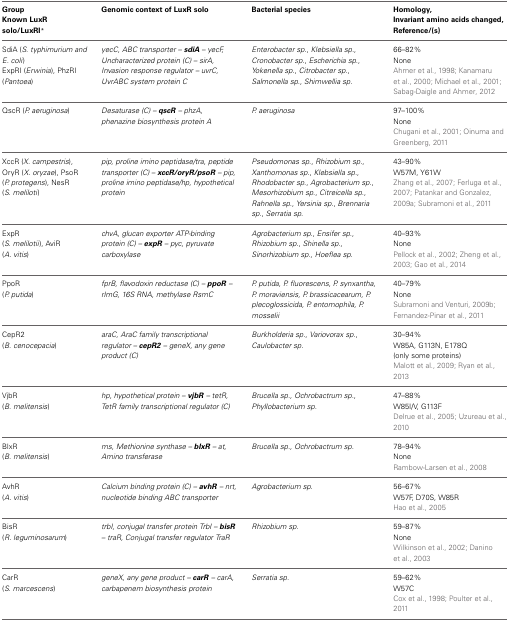
<table><thead><tr><td><b>Group Known LuxR solo/LuxRI<sup>*</sup></b></td><td><b>Genomic context of LuxR solo</b></td><td><b>Bacterial species</b></td><td><b>Homology, Invariant amino acids changed, Reference/(s)</b></td></tr></thead><tbody><tr><td>SdiA (<i>S. typhimurium and E. coli</i>)</td><td rowspan="3"><i>yecC, ABC transporter –</i><b><i>sdiA</i></b>– <i>yecF, Uncharacterized protein (C) – sirA, Invasion response regulator – uvrC, UvrABC system protein C</i></td><td rowspan="3"><i>Enterobacter sp</i>., <i>Klebsiella sp</i>., <i>Cronobacter sp</i>., <i>Escherichia sp</i>., <i>Yokenella sp</i>., <i>Citrobacter sp</i>., <i>Salmonella sp</i>., <i>Shimwellia sp</i>.</td><td>66–82%</td></tr><tr><td rowspan="2">ExpRI (<i>Erwinia</i>), PhzRI (<i>Pantoea</i>)</td><td>None</td></tr><tr><td>Ahmer et al., 1998; Kanamaru et al., 2000; Michael et al., 2001; Sabag-Daigle and Ahmer, 2012</td></tr><tr><td rowspan="3">QscR (<i>P. aeruginosa</i>)</td><td rowspan="3"><i>Desaturase (C) –</i><b><i>qscR</i></b>– <i>phzA, phenazine biosynthesis protein A</i></td><td rowspan="3"><i>P. aeruginosa</i></td><td>97–100%</td></tr><tr><td>None</td></tr><tr><td>Chugani et al., 2001; Oinuma and Greenberg, 2011</td></tr><tr><td rowspan="3">XccR (<i>X. campestris</i>), OryR (<i>X. oryzae</i>), PsoR (<i>P. protegens</i>), NesR (<i>S. meliloti</i>)</td><td rowspan="3"><i>pip, proline imino peptidase/tra, peptide transporter (C) –</i><b><i>xccR/oryR/psoR</i></b> – <i>pip, proline imino peptidase/hp, hypothetical protein</i></td><td rowspan="3"><i>Pseudomonas sp</i>., <i>Rhizobium sp</i>., <i>Xanthomonas sp</i>., <i>Klebsiella sp</i>., <i>Rhodobacter sp</i>., <i>Agrobacterium sp</i>., <i>Mesorhizobium sp</i>., <i>Citreicella sp</i>., <i>Rahnella sp</i>., <i>Yersinia sp</i>., <i>Brennaria sp</i>., <i>Serratia sp</i>.</td><td>43–90%</td></tr><tr><td>W57M, Y61W</td></tr><tr><td>Zhang et al., 2007; Ferluga et al., 2007; Patankar and Gonzalez, 2009a; Subramoni et al., 2011</td></tr><tr><td rowspan="3">ExpR (<i>S. melilotii</i>), AviR (<i>A</i>. <i>vitis</i>)</td><td rowspan="3"><i>chvA</i>, <i>glucan exporter ATP-binding protein (C) –</i><b><i>expR</i></b> – <i>pyc, pyruvate carboxylase</i></td><td rowspan="3"><i>Agrobacterium sp</i>., <i>Ensifer sp</i>., <i>Rhizobium sp</i>., <i>Shinella sp., Sinorhizobium sp., Hoeflea sp</i>.</td><td>40–93%</td></tr><tr><td>None</td></tr><tr><td>Pellock et al., 2002; Zheng et al., 2003; Gao et al., 2014</td></tr><tr><td rowspan="3">PpoR (<i>P. putida</i>)</td><td rowspan="3"><i>fprB, flavodoxin reductase (C) –</i><b><i>ppoR</i></b> – <i>rlmG, 16S RNA, methylase RsmC</i></td><td rowspan="3"><i>P. putida, P. fluorescens, P. synxantha, P. moraviensis, P. brassicacearum, P. plecoglossicida, P. entomophila, P. mosselii</i></td><td>40–79%</td></tr><tr><td>None</td></tr><tr><td>Subramoni and Venturi, 2009b; Fernandez-Pinar et al., 2011</td></tr><tr><td rowspan="3">CepR2 (<i>B. cenocepacia</i>)</td><td rowspan="3"><i>araC, AraC family transcriptional regulator –</i><b><i>cepR2</i></b> – <i>geneX, any gene product (C)</i></td><td rowspan="3"><i>Burkholderia sp</i>., <i>Variovorax sp</i>., <i>Caulobacter sp</i>.</td><td>30–94%</td></tr><tr><td>W85A, G113N, E178Q</td></tr><tr><td>(only some proteins) Malott et al., 2009; Ryan et al., 2013</td></tr><tr><td rowspan="3">VjbR (<i>B. melitensis</i>)</td><td rowspan="3"><i>hp, hypothetical protein –</i><b><i>vjbR</i></b> – <i>tetR, TetR family transcriptional regulator (C)</i></td><td rowspan="3"><i>Brucella sp., Ochrobactrum sp., Phyllobacterium sp</i>.</td><td>47–88%</td></tr><tr><td>W85I/V, G113F</td></tr><tr><td>Delrue et al., 2005; Uzureau et al., 2010</td></tr><tr><td rowspan="3">BlxR (<i>B. melitensis</i>)</td><td rowspan="3"><i>ms, Methionine synthase –</i><b><i>blxR</i></b> – <i>at, Amino transferase</i></td><td rowspan="3"><i>Brucella sp., Ochrobactrum sp</i>.</td><td>78–94%</td></tr><tr><td>None</td></tr><tr><td>Rambow-Larsen et al., 2008</td></tr><tr><td rowspan="3">AvhR (<i>A</i>. <i>vitis</i>)</td><td rowspan="3"><i>Calcium binding protein (C) –</i><b><i>avhR</i></b> – <i>nrt, nucleotide binding ABC transporter</i></td><td rowspan="3"><i>Agrobacterium sp</i>.</td><td>56–67%</td></tr><tr><td>W57F, D70S, W85R</td></tr><tr><td>Hao et al., 2005</td></tr><tr><td rowspan="3">BisR (<i>R. leguminosarum</i>)</td><td rowspan="3"><i>trbI, conjugal transfer protein TrbI –</i><b><i>bisR</i></b> – <i>traR, Conjugal transfer regulator TraR</i></td><td rowspan="3"><i>Rhizobium sp</i>.</td><td>59–87%</td></tr><tr><td>None</td></tr><tr><td>Wilkinson et al., 2002; Danino et al., 2003</td></tr><tr><td rowspan="3">CarR (<i>S. marcescens</i>)</td><td rowspan="3"><i>geneX, any gene product –</i><b><i>carR</i></b><i>– carA, carbapenem biosynthesis protein</i></td><td rowspan="3"><i>Serratia sp</i>.</td><td>59–62%</td></tr><tr><td>W57C</td></tr><tr><td>Cox et al., 1998; Poulter et al., 2011</td></tr></tbody></table>